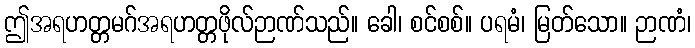
ဤအရဟတ္တမဂ်အရဟတ္တဖိုလ်ဉာဏ်သည်။ ခေါ၊ စင်စစ်။ ပရမံ၊ မြတ်သော။ ဉာဏံ၊